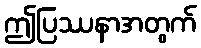
ဤပြဿနာအတွက်